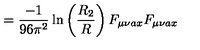
= \frac { - 1 } { 9 6 \pi ^ { 2 } } \ln \left( \frac { R _ { 2 } } { R } \right) F _ { \mu \nu a x } F _ { \mu \nu a x }